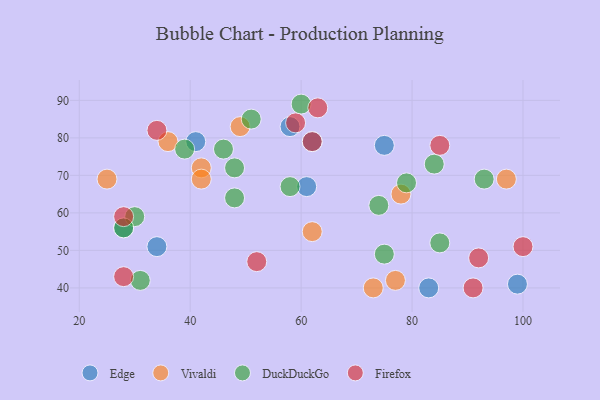
{"axis": {"x": "GDP", "y": "Life Expectancy"}, "legend": ["DuckDuckGo", "Edge", "Firefox", "Vivaldi"], "data": [{"x": "41", "y": 79, "type": "Edge"}, {"x": "99", "y": 41, "type": "Edge"}, {"x": "83", "y": 40, "type": "Edge"}, {"x": "62", "y": 79, "type": "Edge"}, {"x": "58", "y": 83, "type": "Edge"}, {"x": "28", "y": 56, "type": "Edge"}, {"x": "61", "y": 67, "type": "Edge"}, {"x": "75", "y": 78, "type": "Edge"}, {"x": "34", "y": 51, "type": "Edge"}, {"x": "97", "y": 69, "type": "Vivaldi"}, {"x": "36", "y": 79, "type": "Vivaldi"}, {"x": "25", "y": 69, "type": "Vivaldi"}, {"x": "77", "y": 42, "type": "Vivaldi"}, {"x": "73", "y": 40, "type": "Vivaldi"}, {"x": "49", "y": 83, "type": "Vivaldi"}, {"x": "78", "y": 65, "type": "Vivaldi"}, {"x": "42", "y": 72, "type": "Vivaldi"}, {"x": "62", "y": 55, "type": "Vivaldi"}, {"x": "42", "y": 69, "type": "Vivaldi"}, {"x": "30", "y": 59, "type": "DuckDuckGo"}, {"x": "28", "y": 56, "type": "DuckDuckGo"}, {"x": "46", "y": 77, "type": "DuckDuckGo"}, {"x": "85", "y": 52, "type": "DuckDuckGo"}, {"x": "75", "y": 49, "type": "DuckDuckGo"}, {"x": "48", "y": 64, "type": "DuckDuckGo"}, {"x": "84", "y": 73, "type": "DuckDuckGo"}, {"x": "60", "y": 89, "type": "DuckDuckGo"}, {"x": "58", "y": 67, "type": "DuckDuckGo"}, {"x": "79", "y": 68, "type": "DuckDuckGo"}, {"x": "48", "y": 72, "type": "DuckDuckGo"}, {"x": "93", "y": 69, "type": "DuckDuckGo"}, {"x": "74", "y": 62, "type": "DuckDuckGo"}, {"x": "31", "y": 42, "type": "DuckDuckGo"}, {"x": "39", "y": 77, "type": "DuckDuckGo"}, {"x": "51", "y": 85, "type": "DuckDuckGo"}, {"x": "59", "y": 84, "type": "Firefox"}, {"x": "34", "y": 82, "type": "Firefox"}, {"x": "85", "y": 78, "type": "Firefox"}, {"x": "91", "y": 40, "type": "Firefox"}, {"x": "52", "y": 47, "type": "Firefox"}, {"x": "28", "y": 43, "type": "Firefox"}, {"x": "28", "y": 59, "type": "Firefox"}, {"x": "92", "y": 48, "type": "Firefox"}, {"x": "62", "y": 79, "type": "Firefox"}, {"x": "63", "y": 88, "type": "Firefox"}, {"x": "100", "y": 51, "type": "Firefox"}]}